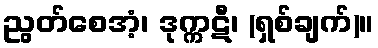
ညွတ်စေအံ့၊ ဒုက္ကဋီ၊ (ရှစ်ချက်)။